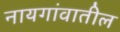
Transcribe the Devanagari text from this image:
नायगांवातील